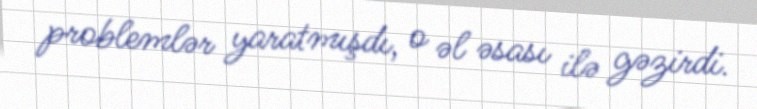
problemlər yaratmışdı, o əl əsası ilə gəzirdi.